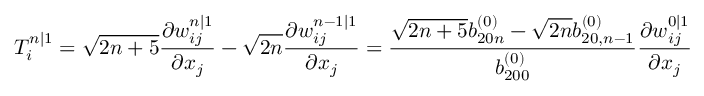
T _ { i } ^ { n | 1 } = \sqrt { 2 n + 5 } \frac { \partial w _ { i j } ^ { n | 1 } } { \partial x _ { j } } - \sqrt { 2 n } \frac { \partial w _ { i j } ^ { n - 1 | 1 } } { \partial x _ { j } } = \frac { \sqrt { 2 n + 5 } b _ { 2 0 n } ^ { ( 0 ) } - \sqrt { 2 n } b _ { 2 0 , n - 1 } ^ { ( 0 ) } } { b _ { 2 0 0 } ^ { ( 0 ) } } \frac { \partial w _ { i j } ^ { 0 | 1 } } { \partial x _ { j } }